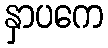
နှာပကေ